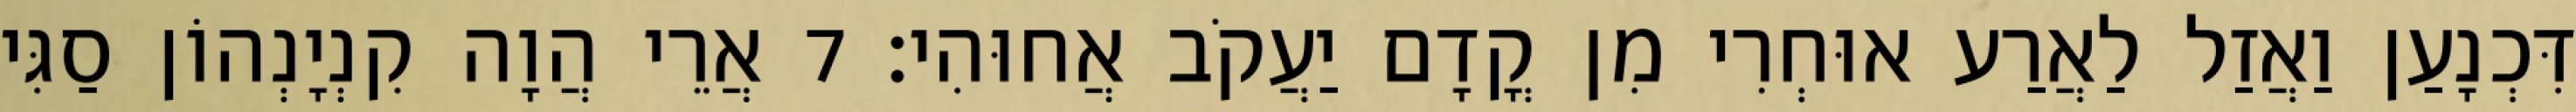
דִּכְנָעַן וַאֲזַל לַאֲרַע אוּחְרִי מִן קֳדָם יַעֲקֹב אֲחוּהִי׃ 7 אֲרֵי הֲוָה קִנְיָנְהוֹן סַגִּי